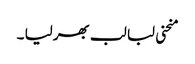
منحنی لبا لب بھر لیا ۔